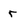
Character: r